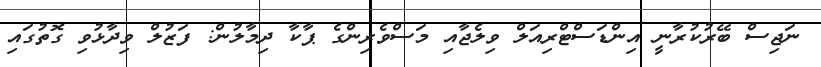
ނަޖިސް ބޭރުކުރާނީ އިންޑަސްޓްރިއަލް ވިލެޖާއި މަސްވެރިންގެ ޕާކާ ދިމާލުން: ފަޒުލް ވިދާޅުވި ގޮތުގައި